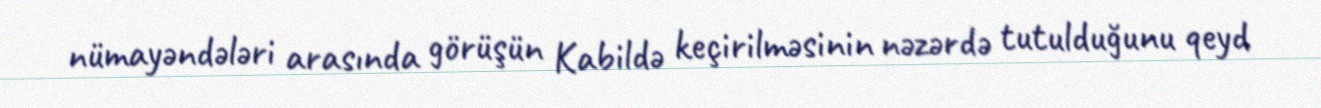
nümayəndələri arasında görüşün Kabildə keçirilməsinin nəzərdə tutulduğunu qeyd